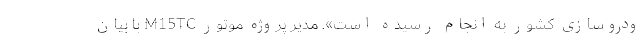
ودروسازی کشور به انجام رسیده است». مدیر پروژه موتور M15TC با بيان